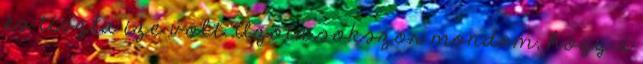
és tiszta íze volt. Azóta sokszor mondom, hogy a